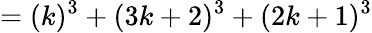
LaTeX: =(k)^{3}+(3k+2)^{3}+(2k+1)^{3}